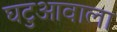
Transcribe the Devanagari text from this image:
घटुआवाला